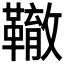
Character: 𩍒